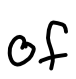
Text: of
Cross-out: clean
Writing tool: digital_black